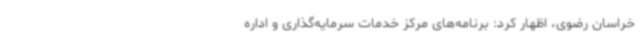
خراسان رضوی، اظهار کرد: برنامه‌های مرکز خدمات سرمایه‌گذاری و اداره